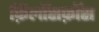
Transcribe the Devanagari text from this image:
फ़िलॉसफ़ॉस